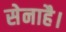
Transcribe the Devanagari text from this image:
सेनाहै।